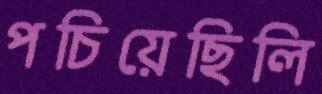
পচিয়েছিলি